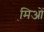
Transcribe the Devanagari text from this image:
मि़ओं